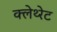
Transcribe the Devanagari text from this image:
क्लेथ्‍रेट